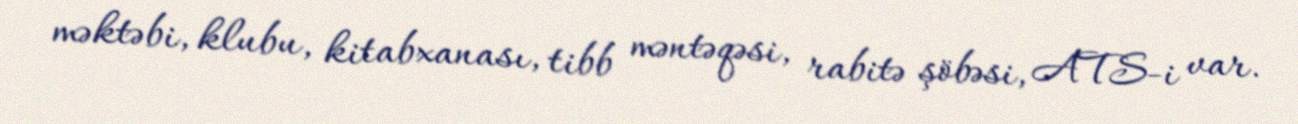
məktəbi, klubu, kitabxanası, tibb məntəqəsi, rabitə şöbəsi, ATS-i var.